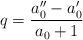
LaTeX: \begin{align*}q=\frac{a_{0}^{\prime\prime}-a_{0}^{\prime}}{a_{0}+1} \end{align*}